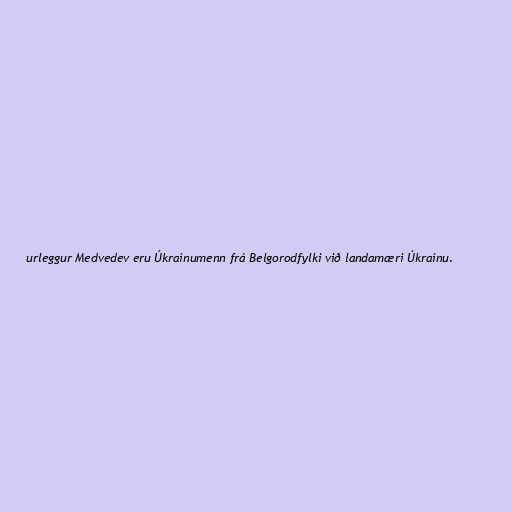
urleggur Medvedev eru Úkraínumenn frá Belgorodfylki við landamæri Úkraínu.